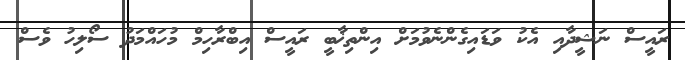
ރައީސް ނަޝީދާއި އެކު ވަޑައިގެންނެވުމަށް އިންތިޚާބީ ރައީސް އިބްރާހިމް މުހައްމަދު ސޯލިހު ވެސް